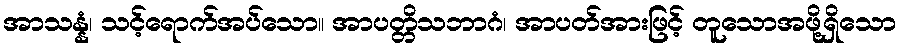
အာသန္နံ၊ သင့်ရောက်အပ်သော။ အာပတ္တိသဘာဂံ၊ အာပတ်အားဖြင့် တူသောအဖို့ရှိသော